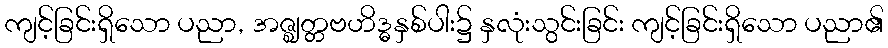
ကျင့်ခြင်းရှိသော ပညာ, အဇ္ဈတ္တဗဟိဒ္ဓနှစ်ပါး၌ နှလုံးသွင်းခြင်း ကျင့်ခြင်းရှိသော ပညာ၏